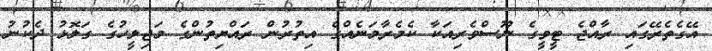
އޭގެތެރޭގައި ރާއްޖެ ޓީވީގެ ނޫސްވެރިއަކާ ކެމެރާމަނެއްގެ އިތުރުން ރައްޔިތުންގެ މަޖިލީހުގެ ގަލޮޅު ދެކުނު